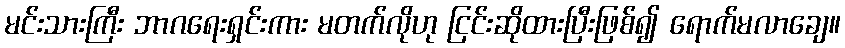
မင်းသားကြီး ဘာဂရေးရှင်းကား မတက်လိုဟု ငြင်းဆိုထားပြီးဖြစ်၍ ရောက်မလာချေ။